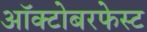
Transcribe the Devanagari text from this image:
ऑक्टोबरफेस्ट